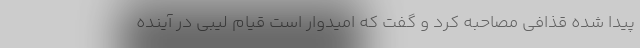
پیدا شده قذافی مصاحبه کرد و گفت که امیدوار است قیام لیبی در آینده